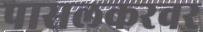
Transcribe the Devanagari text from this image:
पासलकरवर